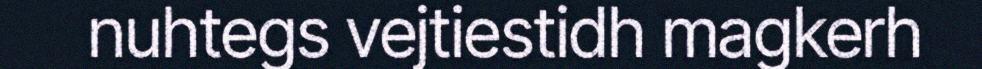
nuhtegs vejtiestidh magkerh